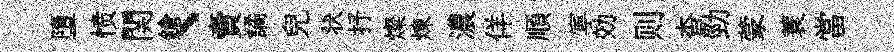
墮愤関鎗、賣譎兒状抒燦煉濃佯順寕効则杳勁蒙蓑當